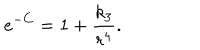
LaTeX: e ^ { - C } = 1 + \frac { k _ { 3 } } { r ^ { 4 } } .